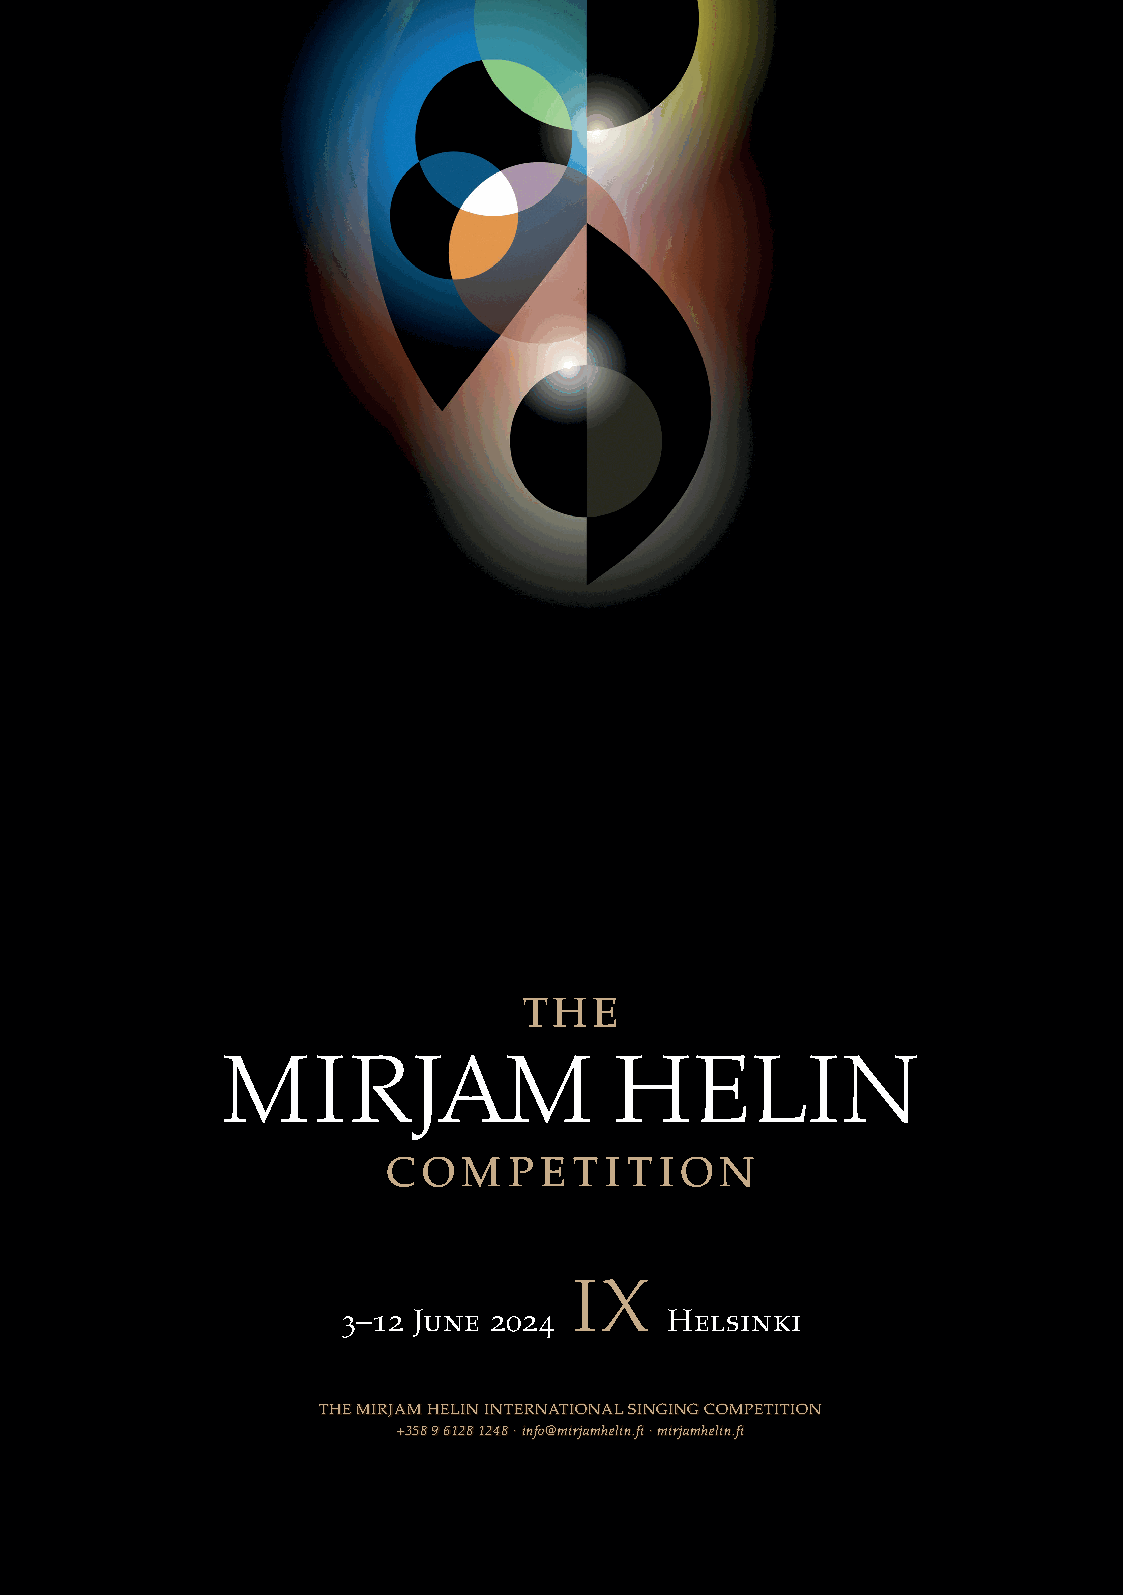
AD
 3–12 June 2024       Helsinki
 TTTHHHEEE MMMIIIRRRJJJAAAMMM HHHEEELLLIIINNN IIINNNTTTEEERRRNNNAAATTTIIIOOONNNAAALLL SSSIIINNNGGGIIINNNGGG CCCOOOMMMPPPEEETTTIIITTTIIIOOONNN
 +++333555888 999 666111222888 111222444888 ∙∙∙ iiinnnfffooo@@@mmmiiirrrjjjaaammmhhheeellliiinnn...fffiii ∙∙∙ mmmiiirrrjjjaaammmhhheeellliiinnn...fffiii